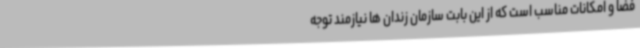
فضا و امکانات مناسب است که از این بابت سازمان زندان ها نیازمند توجه